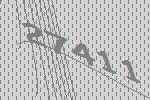
27411